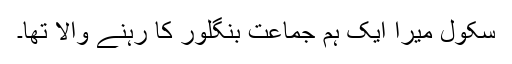
سکول میرا ایک ہم جماعت بنگلور کا رہنے والا تھا۔